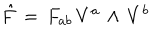
LaTeX: { \hat { F } } \, = \, F _ { a b } \, V ^ { a } \, \wedge \, V ^ { b }